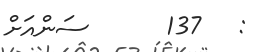
:   137      ސަންއަށް